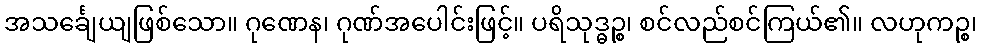
အသင်္ချေယျဖြစ်သော။ ဂုဏေန၊ ဂုဏ်အပေါင်းဖြင့်။ ပရိသုဒ္ဓဉ္စ၊ စင်လည်စင်ကြယ်၏။ လဟုကဉ္စ၊